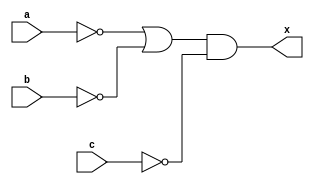
`timescale 1ns / 1ps

module boolean_function_a(
input a,b,c,
output x
    );
    
assign x=(~a|~b)&(~c);

endmodule